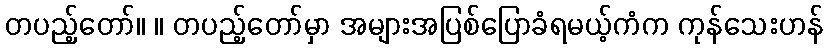
တပည့်တော်။ ။ တပည့်တော်မှာ အများအပြစ်ပြောခံရမယ့်ကံက ကုန်သေးဟန်